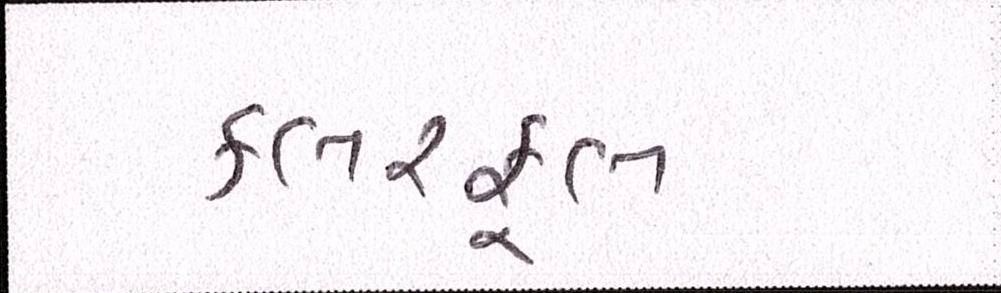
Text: કલરફૂલ